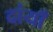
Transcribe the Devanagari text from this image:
दांयाँ